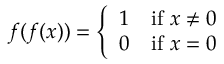
f ( f ( x ) ) = { \left\{ \begin{array} { l l } { 1 } & { { \mathrm { i f ~ } } x \neq 0 } \\ { 0 } & { { \mathrm { i f ~ } } x = 0 } \end{array} \right. }